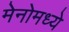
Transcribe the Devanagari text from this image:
मेनोमध्ये